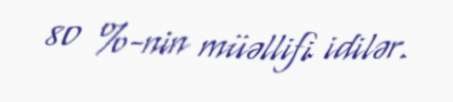
80 %-nin müəllifi idilər.